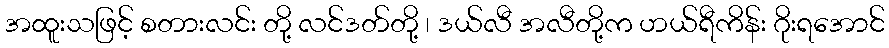
အထူးသဖြင့် စတားလင်း တို့ လင်ဒတ်တို့ ၊ ဒယ်လီ အလီတို့က ဟယ်ရီကိန်း ဂိုးရအောင်